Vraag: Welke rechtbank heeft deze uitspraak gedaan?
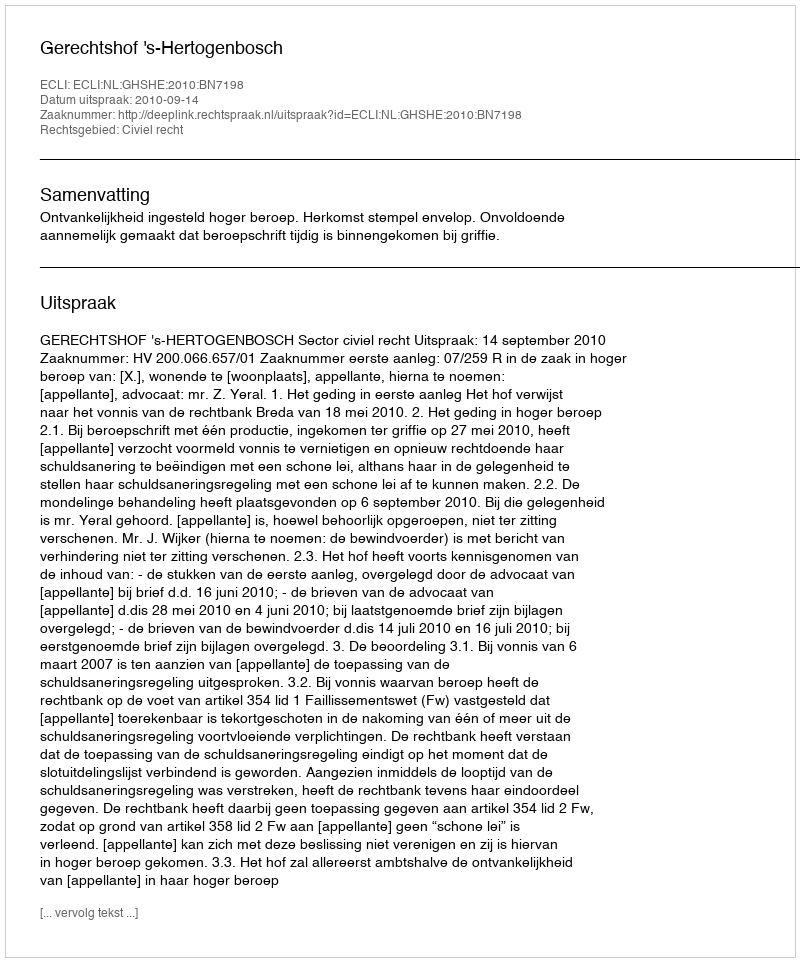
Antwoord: Gerechtshof 's-Hertogenbosch